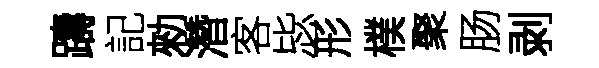
躊記勑濳客毖形樸聚肠剥